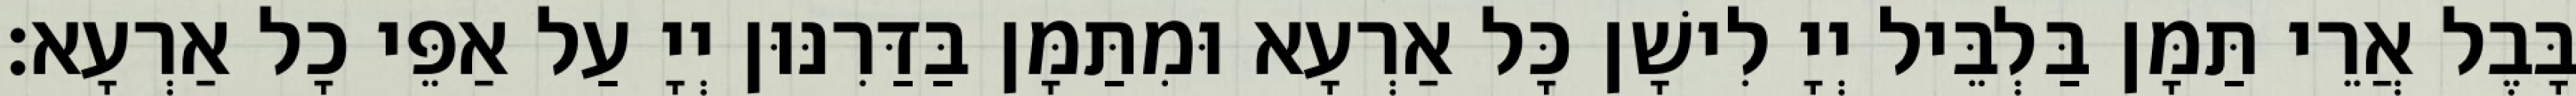
בָּבֶל אֲרֵי תַּמָּן בַּלְבֵּיל יְיָ לִישָׁן כָּל אַרְעָא וּמִתַּמָּן בַּדַּרִנּוּן יְיָ עַל אַפֵּי כָל אַרְעָא׃